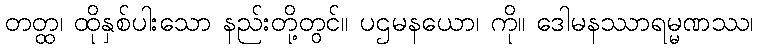
တတ္ထ၊ ထိုနှစ်ပါးသော နည်းတို့တွင်။ ပဌမနယော၊ ကို။ ဒေါမနဿာရမ္မဏဿ၊